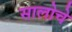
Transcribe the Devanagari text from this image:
सालोचे